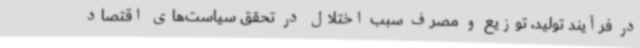
در فرآیند تولید، توزیع و مصرف سبب اختلال در تحقق سیاست‌های اقتصاد